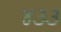
૪૩૩